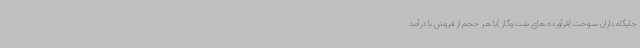
جایگاه داران سوخت (فرآورده های نفت وگاز )با هر حجم از فروش یا درآمد